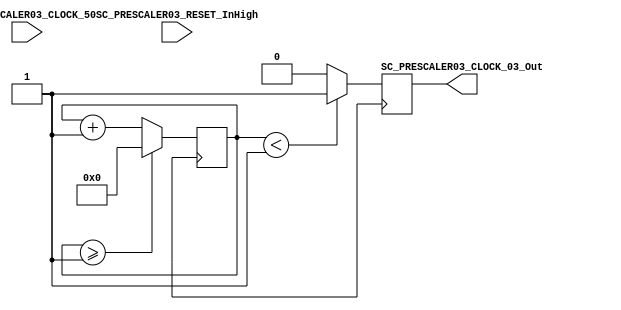
module SC_PRESCALER03r(

SC_PRESCALER03_CLOCK_50,
SC_PRESCALER03_RESET_InHigh,
SC_PRESCALER03_CLOCK_03_Out
    );

//// port declarations
	 
input SC_PRESCALER03_CLOCK_50; // input clock on FPGA
input SC_PRESCALER03_RESET_InHigh; // input clock on FPGA



output reg SC_PRESCALER03_CLOCK_03_Out; // output clock after dividing the input clock by divisor



reg[27:0] counter=28'd0;
parameter DIVISOR = 28'd2;
// The frequency of the output clk_out
//  = The frequency of the input clk_in divided by DIVISOR
// For example: Fclk_in = 50Mhz, if you want to get 1Hz signal to blink LEDs
// You will modify the DIVISOR parameter value to 28'd50.000.000
// Then the frequency of the output clk_out = 50Mhz/50.000.000 = 1Hz
always @(posedge clock_in)
begin
 counter <= counter + 28'd1;
 if(counter>=(DIVISOR-1))
  counter <= 28'd0;
 SC_PRESCALER03_CLOCK_03_Out <= (counter<DIVISOR/2)?1'b1:1'b0;
end
endmodule